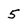
Character: 5